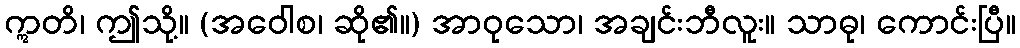
ဣတိ၊ ဤသို့။ (အဝေါစ၊ ဆို၏။) အာဝုသော၊ အချင်းဘီလူး။ သာဓု၊ ကောင်းပြီ။